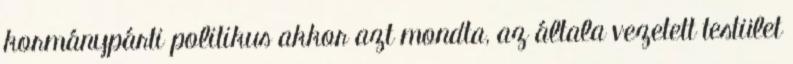
kormánypárti politikus akkor azt mondta, az általa vezetett testület